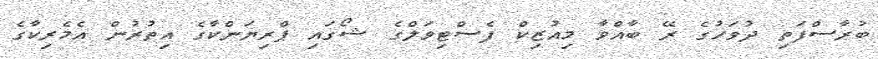
ބުރާސްފަތި ދުވަހުގެ ރޭ ބާއްވާ މިއުޒިކް ފެސްޓިވަލްގެ ޝޯގައި ޕްރިޔަންކާގެ އިތުރުން އެމެރިކާގެ